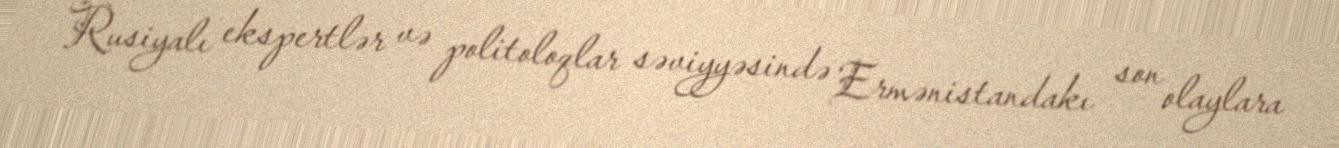
Rusiyalı ekspertlər və politoloqlar səviyyəsində Ermənistandakı son olaylara